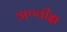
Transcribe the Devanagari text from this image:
अण्वीक्ष